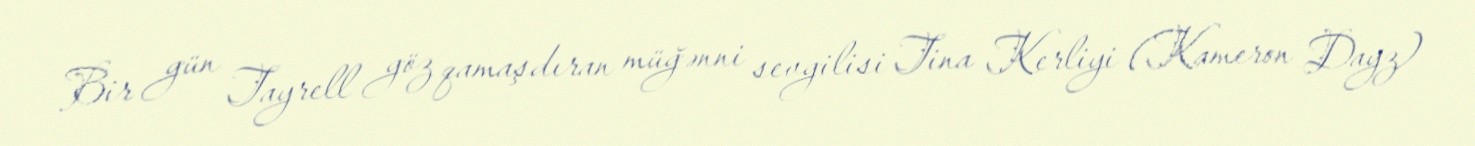
Bir gün Tayrell göz qamaşdıran müğənni sevgilisi Tina Kerliyi (Kameron Dayz)